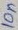
Text: 10µF